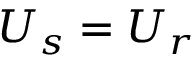
U _ { s } = U _ { r }